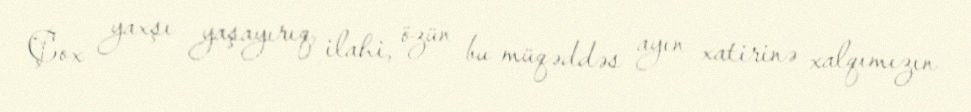
Çox yaxşı yaşayırıq, ilahi, özün bu müqəddəs ayın xatirinə xalqımızın